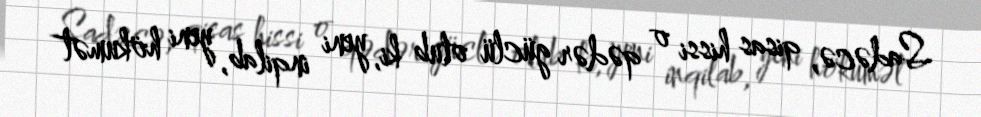
Sadəcə, qisas hissi o qədər güclü olub ki, yeni inqilab, yeni hökumət